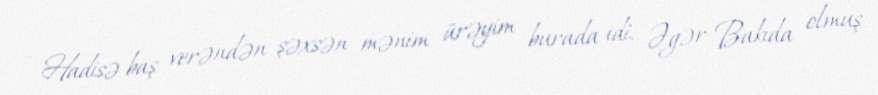
- Hadisə baş verəndən şəxsən mənim ürəyim burada idi. Əgər Bakıda olmuş